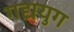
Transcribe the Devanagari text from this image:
गद्ययुग